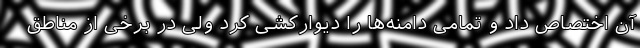
آن اختصاص داد و تمامی دامنه‌ها را دیوارکشی کرد ولی در برخی از مناطق